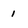
Character: 1